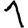
Digit: 1